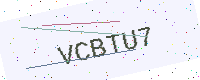
Text: VCBTU7